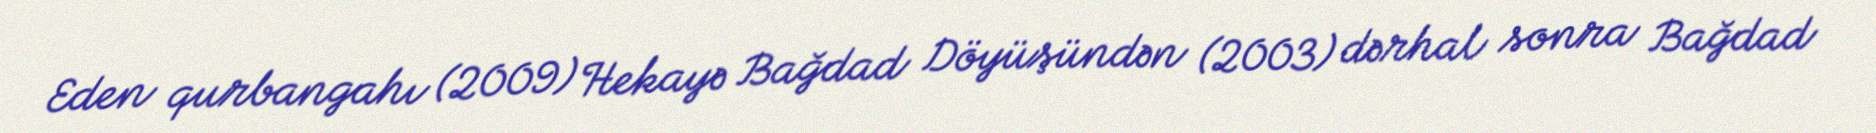
Eden qurbangahı (2009) Hekayə Bağdad Döyüşündən (2003) dərhal sonra Bağdad